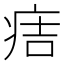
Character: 𤵹